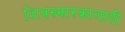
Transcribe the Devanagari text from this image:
शिवस्मारकालाही